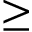
\ge